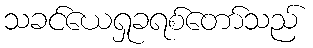
သခင်ယေရှုခရစ်တော်သည်